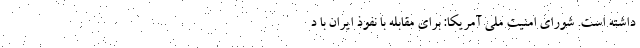
داشته است. شورای امنیت ملی آمریکا: برای مقابله با نفوذ ایران با د